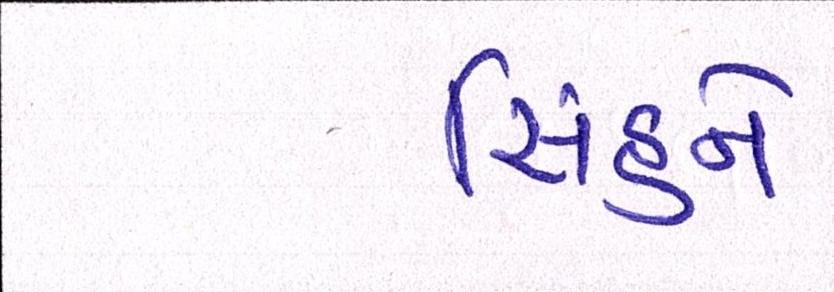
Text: સિંહને